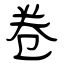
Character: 卷